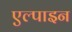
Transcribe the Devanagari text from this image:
एल्‍पाइन